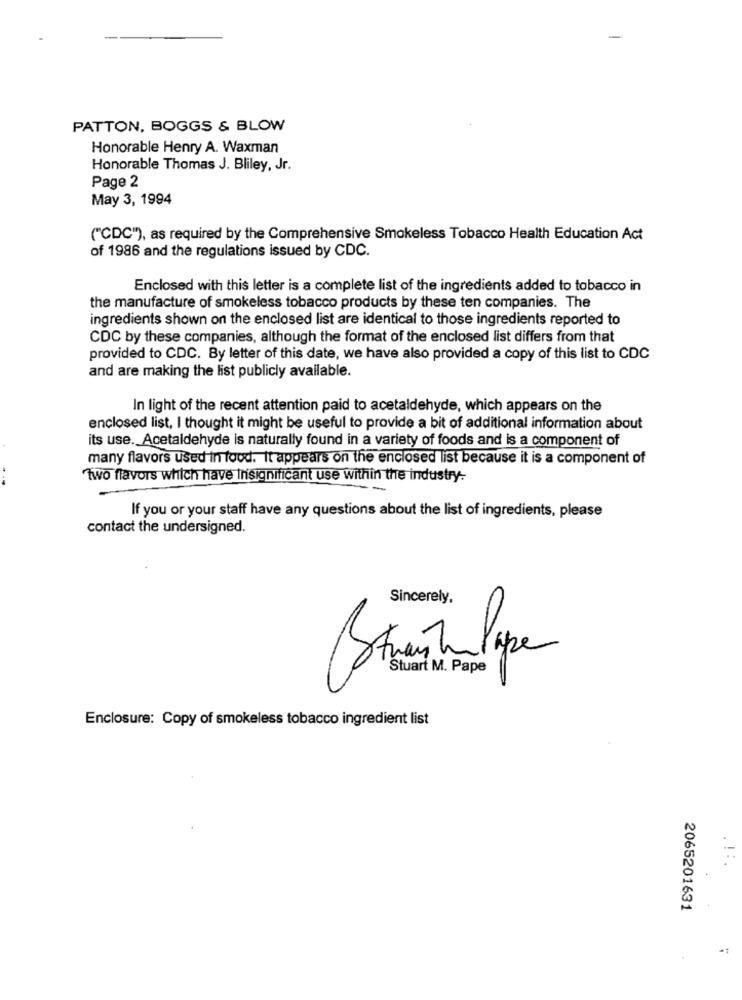
PATTON, BOGGS & BLOW
Honorable Henry A. Waxman
Honorable Thomas J. Bliley, Jr.
Page 2
May 3, 1994
("CDC"), as required by the Comprehensive Smokeless Tobacco Health Education Act
of 1986 and the regulations issued by CDC.
Enclosed with this letter is a complete list of the ingredients added to tobacco in
the manufacture of smokeless tobacco products by these ten companies. The
ingredients shown on the enclosed list are identical to those ingredients reported to
CDC by these companies, although the format of the enclosed list differs from that
provided to CDC. By letter of this date, we have also provided a copy of this list to CDC
and are making the list publicly available.
In light of the recent attention paid to acetaldehyde, which appears on the
enclosed list, I thought it might be useful to provide a bit of additional information about
its use. Acetaldehyde is naturally found in a variety of foods and is a component of
many flavors used in food. It appears on the enclosed list because it is a component of
Two flavors which have Insignificant use within the industry-
If you or your staff have any questions about the list of ingredients, please
contact the undersigned.
Sincerely,
Itmen Tu Pare
Stuart M. Pape
Enclosure: Copy of smokeless tobacco ingredient list
2065201631